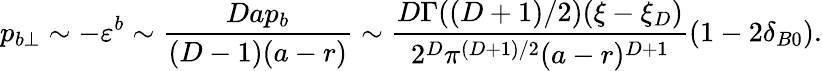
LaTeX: p_{b\perp}\sim-\varepsilon^{b}\sim\frac{Dap_{b}}{(D-1)(a-r)}\sim\frac{D\Gamma((D+1)/2)(\xi-\xi_{D})}{2^{D}\pi^{(D+1)/2}(a-r)^{D+1}}\left(1-2\delta_{B0}\right).